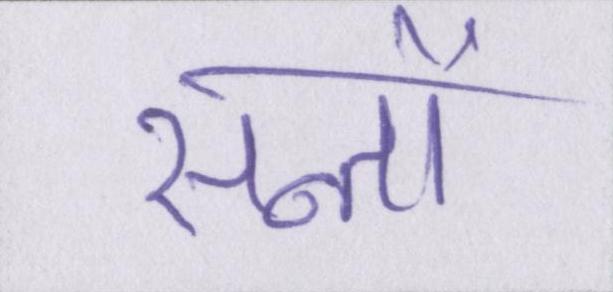
सन्तों